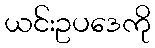
ယင်းဥပဒေကို